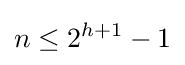
n\leq 2^{h+1}-1